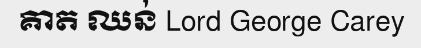
គាត ឈន់ Lord George Carey